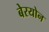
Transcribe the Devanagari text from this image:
बेरयोन